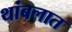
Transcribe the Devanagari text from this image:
थांबलात